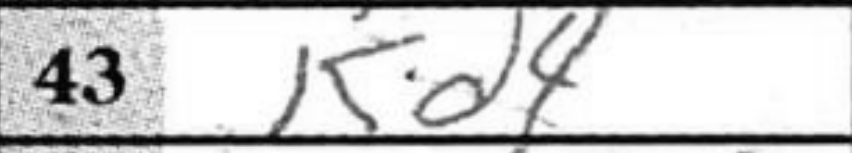
Transcription: Kd4